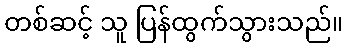
တစ်ဆင့် သူ ပြန်ထွက်သွားသည်။